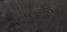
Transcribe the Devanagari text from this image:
रोमेन्त्च